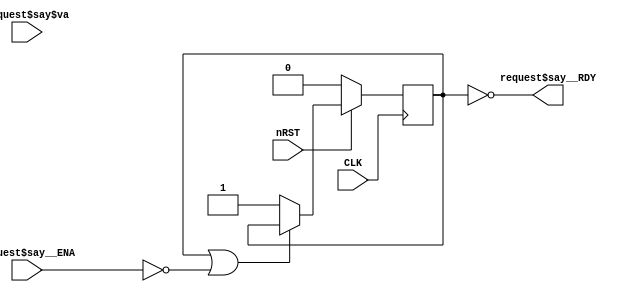
module Order (input wire CLK, input wire nRST,
    input wire request$say__ENA,
    input wire [31:0]request$say$va,
    output wire request$say__RDY);
    reg [31:0]a;
    reg [31:0]offset;
    reg [31:0]outA;
    reg [31:0]outB;
    reg running;
    assign request$say__RDY = !running;

    always @( posedge CLK) begin
      if (!nRST) begin
        a <= 0;
        offset <= 0;
        outA <= 0;
        outB <= 0;
        running <= 0;
      end // nRST
      else begin
        if (request$say__ENA == 0) begin // RULE$A__ENA
            outA <= a + offset;
            if (running != 0)
            a <= a + 1;
        end; // End of RULE$A__ENA
        if (request$say__ENA == 0) begin // RULE$B__ENA
            outB <= a + offset;
            if (running == 0)
            a <= 1;
        end; // End of RULE$B__ENA
        if (request$say__ENA == 0) begin // RULE$C__ENA
            offset <= offset + 1;
        end; // End of RULE$C__ENA
        if (!( running | ( !request$say__ENA ) )) begin // request$say__ENA
            a <= request$say$va;
            offset <= 1;
            running <= 1;
        end; // End of request$say__ENA
      end
    end // always @ (posedge CLK)
endmodule